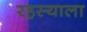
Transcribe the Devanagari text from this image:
रहस्याला